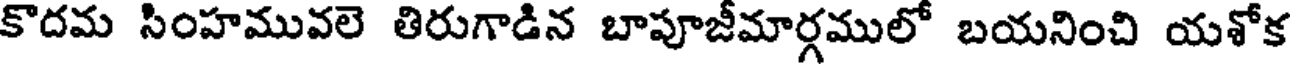
కొదమ సింహమువలె తిరుగాడిన బాపూజీమార్గములో బయనించి యశోక